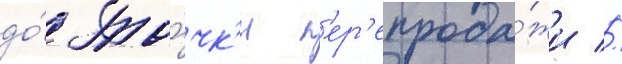
до́ то́чк'и п'ер'епрода́жи //